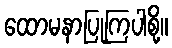
ထောမနာပြုကြပါစို့။